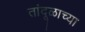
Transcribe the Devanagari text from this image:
तांदूळाच्या